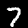
Digit: 7